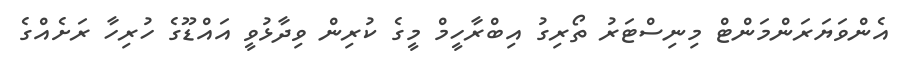
އެންވަޔަރަންމަންޓް މިނިސްޓަރު ތޯރިގު އިބްރާހީމް މީގެ ކުރިން ވިދާޅުވީ އައްޑޫގެ ހުރިހާ ރަށެއްގެ